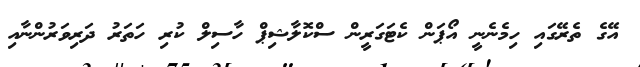
އޭގެ ތެރޭގައި ހިމެނެނީ އޯޕަން ކެޓަގަރީން ސްކޮލާޝިޕް ހާސިލް ކުރި ހަތަރު ދަރިވަރުންނާއި